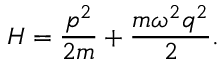
H = { \frac { p ^ { 2 } } { 2 m } } + { \frac { m \omega ^ { 2 } q ^ { 2 } } { 2 } } .